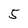
Character: 5